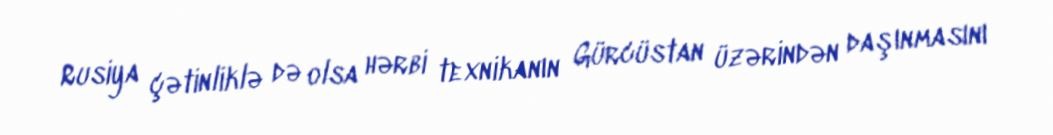
Rusiya çətinliklə də olsa hərbi texnikanın Gürcüstan üzərindən daşınmasını